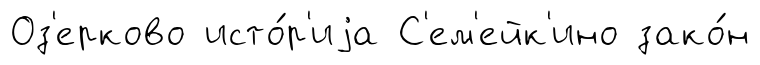
Оз'ерково исто́р'иjа С'ем'ейк'ино зако́н